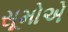
સૂમોએ